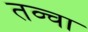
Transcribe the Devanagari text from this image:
तव्चा